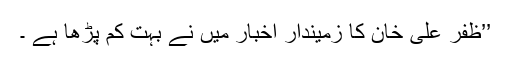
’’ظفر علی خان کا زمیندار اخبار میں نے بہت کم پڑھا ہے ۔